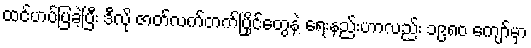
ထင်ဟပ်ပြခဲ့ပြီး ဒီလို ဇာတ်လက်တက်ပြိုင်တွေနဲ့ ရေးနည်းဟာလည်း ၁၉၈၀ ကျော်မှာ